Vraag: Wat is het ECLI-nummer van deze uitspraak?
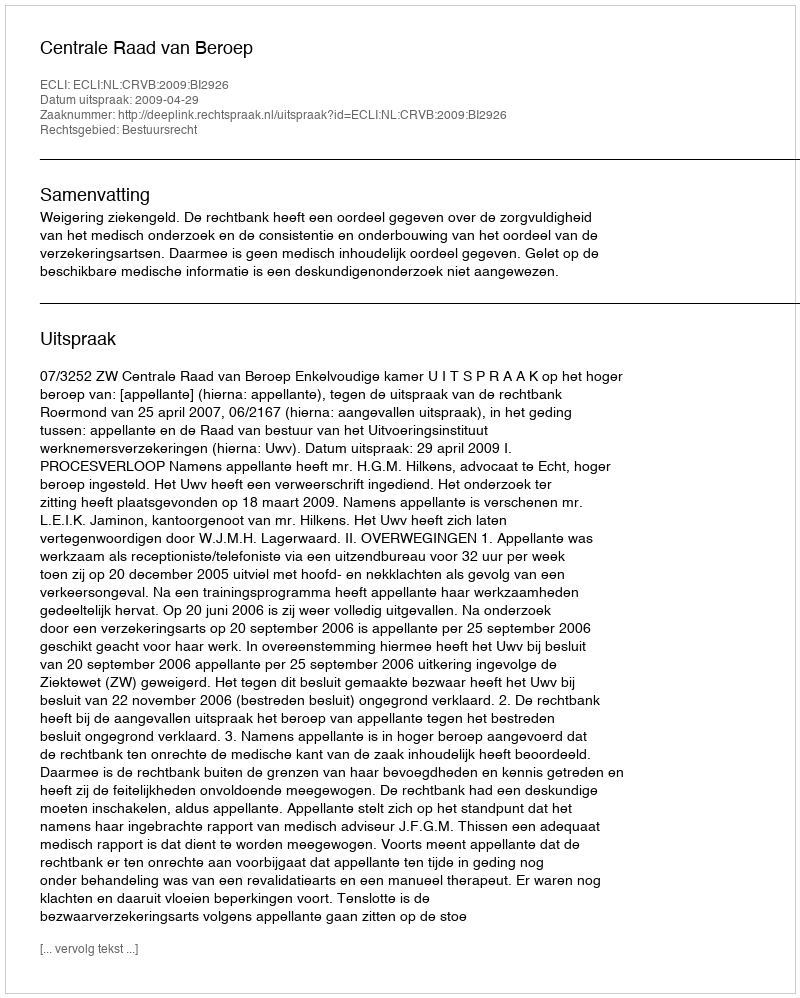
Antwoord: ECLI:NL:CRVB:2009:BI2926